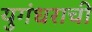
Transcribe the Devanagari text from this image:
युगंधराची